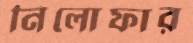
নিলোফার